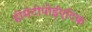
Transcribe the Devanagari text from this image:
हीमेटोपोईएटिक